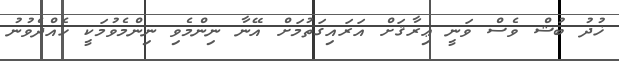
ޚުދު ބުޝް ވެސް ވަނީ ޢިރާޤަށް އަރައިގަތުމަށް އޭނާ ނިންމެވި ނިންމެވުމަކީ ހެއްދެވުނު